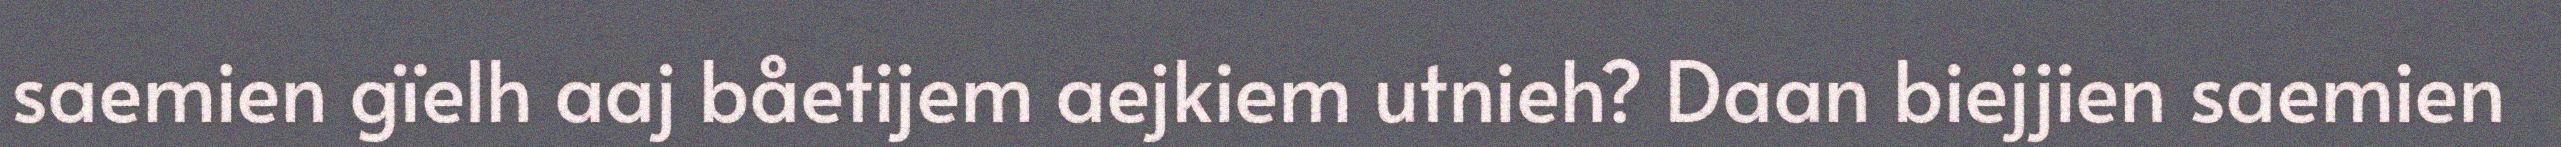
saemien gïelh aaj båetijem aejkiem utnieh? Daan biejjien saemien